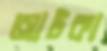
আটকা